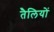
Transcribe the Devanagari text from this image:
तैलियों